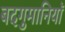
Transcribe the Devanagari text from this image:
बदगुमानियाॅ